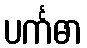
ပင်္ကဓာ